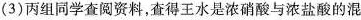
(3)丙组同学查阅资料，查得王水是浓硝酸与浓盐酸的混